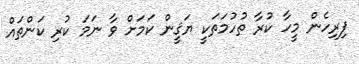
ފިރިހެން މީހާ ކުރާ ތުހުމަތަކީ ޔަޤީން ކަމަށް ވާ ނަމަ ކުރި ކަންތައް